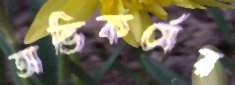
অভিকর্ষের